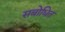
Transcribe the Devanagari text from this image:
सबोधित